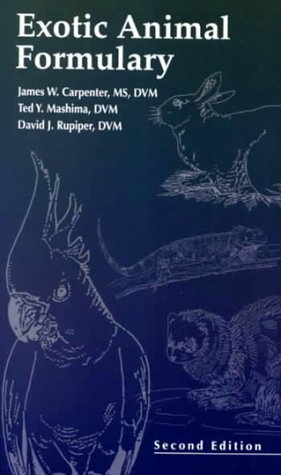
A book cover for Exotic Animal Formulary; James W. Carpenter; Medical Books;